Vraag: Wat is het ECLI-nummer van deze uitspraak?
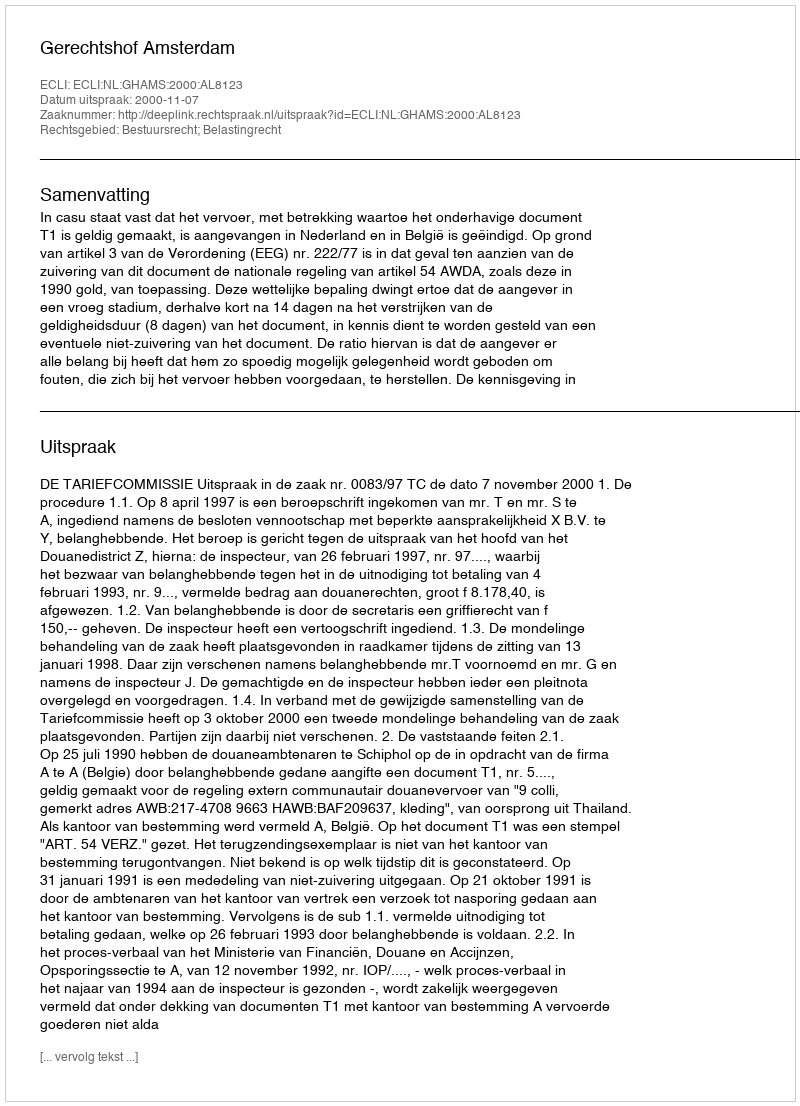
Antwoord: ECLI:NL:GHAMS:2000:AL8123